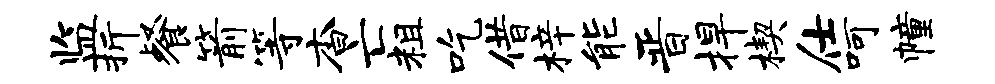
监折餐箭等杳亡粗吃借梓能晋捍楔仕呵幢